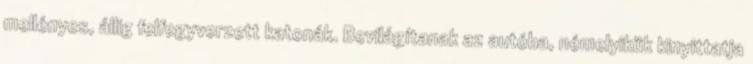
mellényes, állig felfegyverzett katonák. Bevilágítanak az autóba, némelyikük kinyittatja